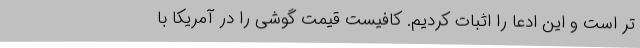
تر است و این ادعا را اثبات کردیم. کافیست قیمت گوشی را در آمریکا با